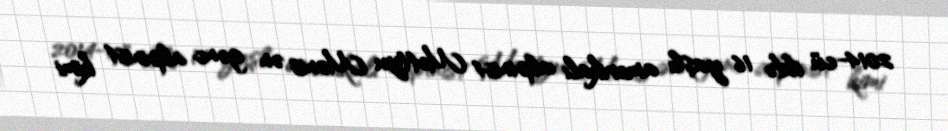
2014-cü ildə 16 yaşlı amerikalı alpinist Mettyu Monis ən gənc alpinist kimi